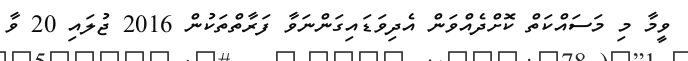
ވީމާ މި މަސައްކަތް ކޮށްދެއްވަން އެދިވަޑައިގަންނަވާ ފަރާތްތަކުން 2016 ޖުލައި 20 ވާ